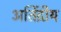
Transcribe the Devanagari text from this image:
अतिंद्रीय